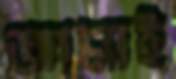
জামাই